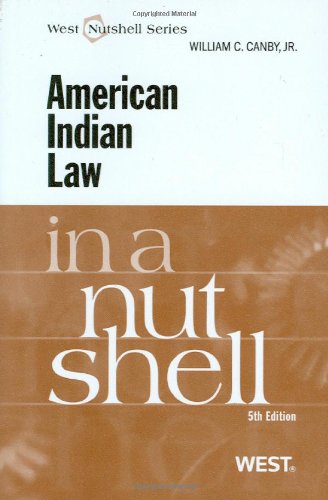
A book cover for American Indian Law in a Nutshell; William Canby Jr; Law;